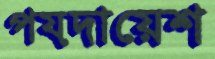
পয়দায়েশ